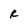
Character: R